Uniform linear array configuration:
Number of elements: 4
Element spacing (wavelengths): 0.25
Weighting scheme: cosine
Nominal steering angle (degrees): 0
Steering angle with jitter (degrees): -1.497
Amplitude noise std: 0.05
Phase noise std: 0.05

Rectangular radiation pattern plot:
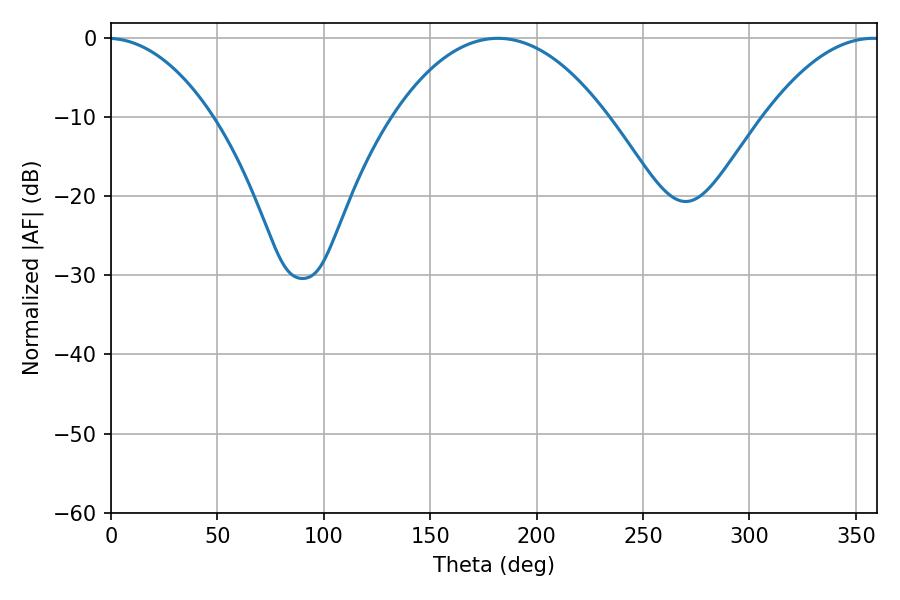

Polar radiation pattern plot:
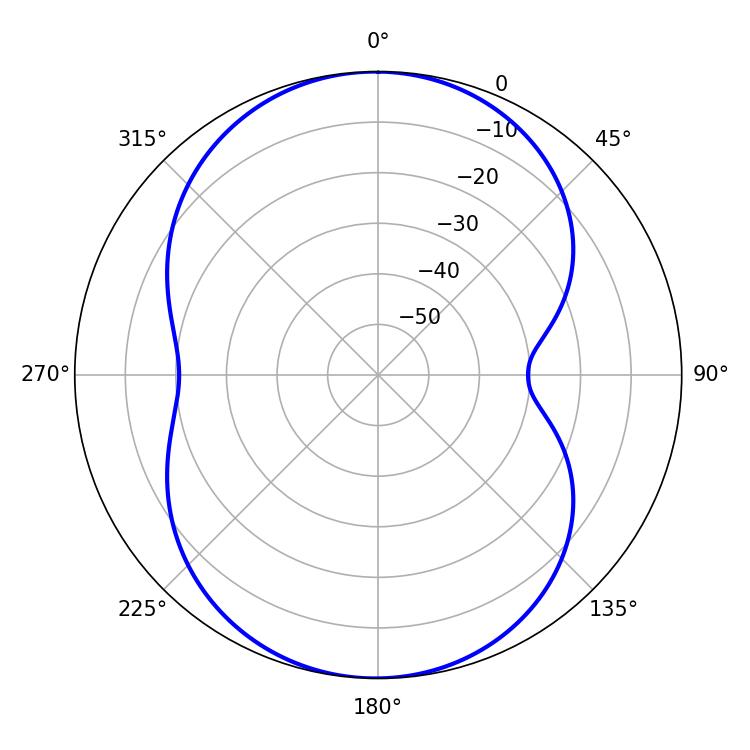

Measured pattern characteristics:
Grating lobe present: FALSE
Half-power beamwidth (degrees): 55.98
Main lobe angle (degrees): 181.8